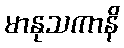
မာနုသကာနိ